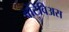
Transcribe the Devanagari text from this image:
वोंटेविअस